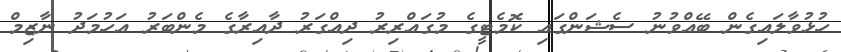
ހުޅުވާލައިގެން ބޭއްވުނު ސެޝަންގައި ކޮމެޓީގެ މުގައްރިރު ދިއްގަރު ދާއިރާގެ މެންބަރު އަހުމަދު ނާޒިމް